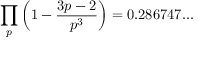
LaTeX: \prod _ { p } \left( 1 - { \frac { 3 p - 2 } { p ^ { 3 } } } \right) = 0 . 2 8 6 7 4 7 . . .